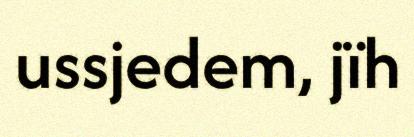
ussjedem, jïh